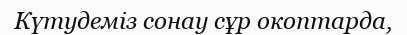
Күтудеміз сонау сұр окоптарда,